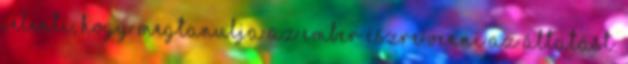
jelenti, hogy megtanulja az ember észre venni az áltatást.